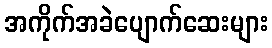
အကိုက်အခဲပျောက်ဆေးများ